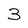
Character: 3